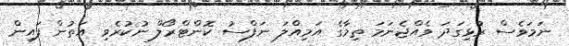
ނަމަވެސް ރުޅިގަދަ ވެއްޖެނަމަ ތިމާގެ އަމިއްލަ ނަފްސު ކޮންޓްރޯލް ނުކުރެވި އަތުން ފައިން